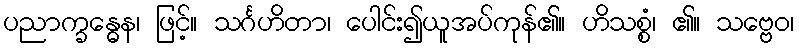
ပညာက္ခန္ဓေန၊ ဖြင့်။ သင်္ဂဟိတာ၊ ပေါင်း၍ယူအပ်ကုန်၏။ ဟိသစ္စံ၊ ၏။ သဗ္ဗေဝ၊